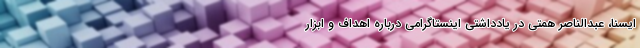
ایسنا، عبدالناصر همتی در یادداشتی اینستاگرامی درباره اهداف و ابزار